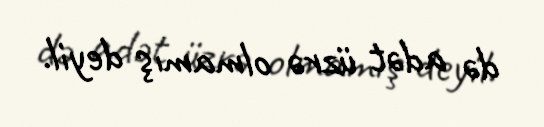
də adət üzrə olmamış deyil.